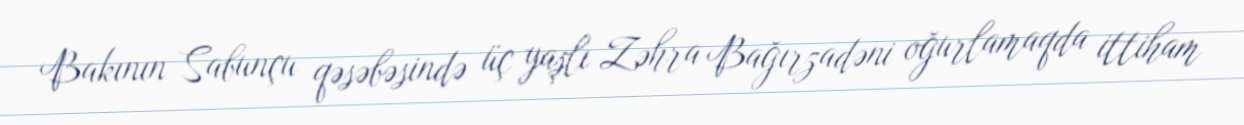
Bakının Sabunçu qəsəbəsində üç yaşlı Zəhra Bağırzadəni oğurlamaqda ittiham